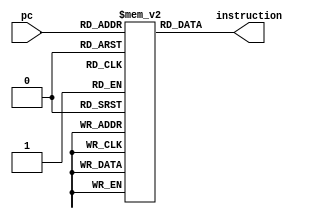
//behavioral imemory contents
module risc_imemory (pc, instruction);
//list which are inputs and which are outputs
input [4:0] pc;
output [12:0] instruction;
//list which are wire and which are reg
wire [4:0] pc;
reg [12:0] instruction;
//define memory size
reg [12:0] imemory [0:31];//# of bits per reg; # of regs

//13 bits per reg; 31 regs
//imemory is an array of 32 13-bit regs
//define memory contents
/* you can read the opcodes from a file and initilize memroy locations with the
// opcodes of the instructions of your program using below instructions
initial
begin
$readmemb ("imemory.instr", imemory);
end
*/

// alternatively, the imemory could have been loaded
//by initializing each location separately as shown below
initial
begin
// these are opcodes of our test program
// they have been hand assembled and are to be written in the following memory locations
// In practice this process is done by compiler and loader
imemory [00] = 13'h1c00;
imemory [01] = 13'h1c11;
imemory [02] = 13'h1c22;
imemory [03] = 13'h1c33;
imemory [04] = 13'h1c44;
imemory [05] = 13'h1c55;
imemory [06] = 13'h1c66;
imemory [07] = 13'h1c77;
imemory [08] = 13'h0208;
imemory [09] = 13'h05f1;
imemory [10] = 13'h06aa;
imemory [11] = 13'h08e3;
imemory [12] = 13'h0b24;
imemory [13] = 13'h0d45;
imemory [14] = 13'h0f86;
imemory [15] = 13'h11c7;
imemory [16] = 13'h1200;
imemory [17] = 13'h1441;
imemory [18] = 13'h1682;
imemory [19] = 13'h18c3;
imemory [20] = 13'h1b04; 
imemory [21] = 13'h1e08;
imemory [22] = 13'h1e19;
imemory [23] = 13'h1e2a;
imemory [24] = 13'h1e3b;
imemory [25] = 13'h1e4c;
imemory [26] = 13'h1e5d;
imemory [27] = 13'h1e6e;
imemory [28] = 13'h1e7f;
imemory [29] = 13'h0000;
imemory [30] = 13'h0000;
imemory [31] = 13'h0000;
end

always @ (pc)
begin
  instruction = imemory[pc];
end
endmodule